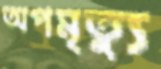
অপমৃত্যু